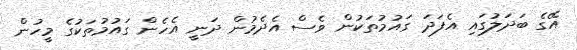
އޭގެ ބަދަލުގައި އެފަދަ ގައުމުތަކުން ވެސް އެދެމުން ދަނީ އެހެން ގައުމުތަކުގެ މީހުން